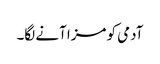
آدمی کو مزا آنے لگا۔